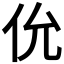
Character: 𫢎